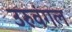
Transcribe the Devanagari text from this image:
उरुवंगल